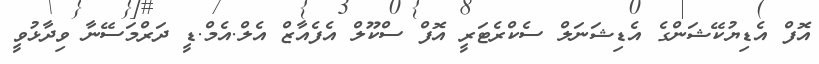
އޮފް އެޑިޔުކޭޝަންގެ އެޑިޝަނަލް ސެކްރެޓަރީ އޮފް ސްކޫލް އެފެއާޒް އެލް.އެމް.ޑީ ދަރްމަސޭނާ ވިދާޅުވީ